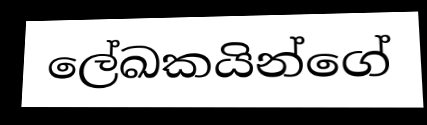
ලේඛකයින්ගේ